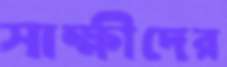
সাক্ষীদের